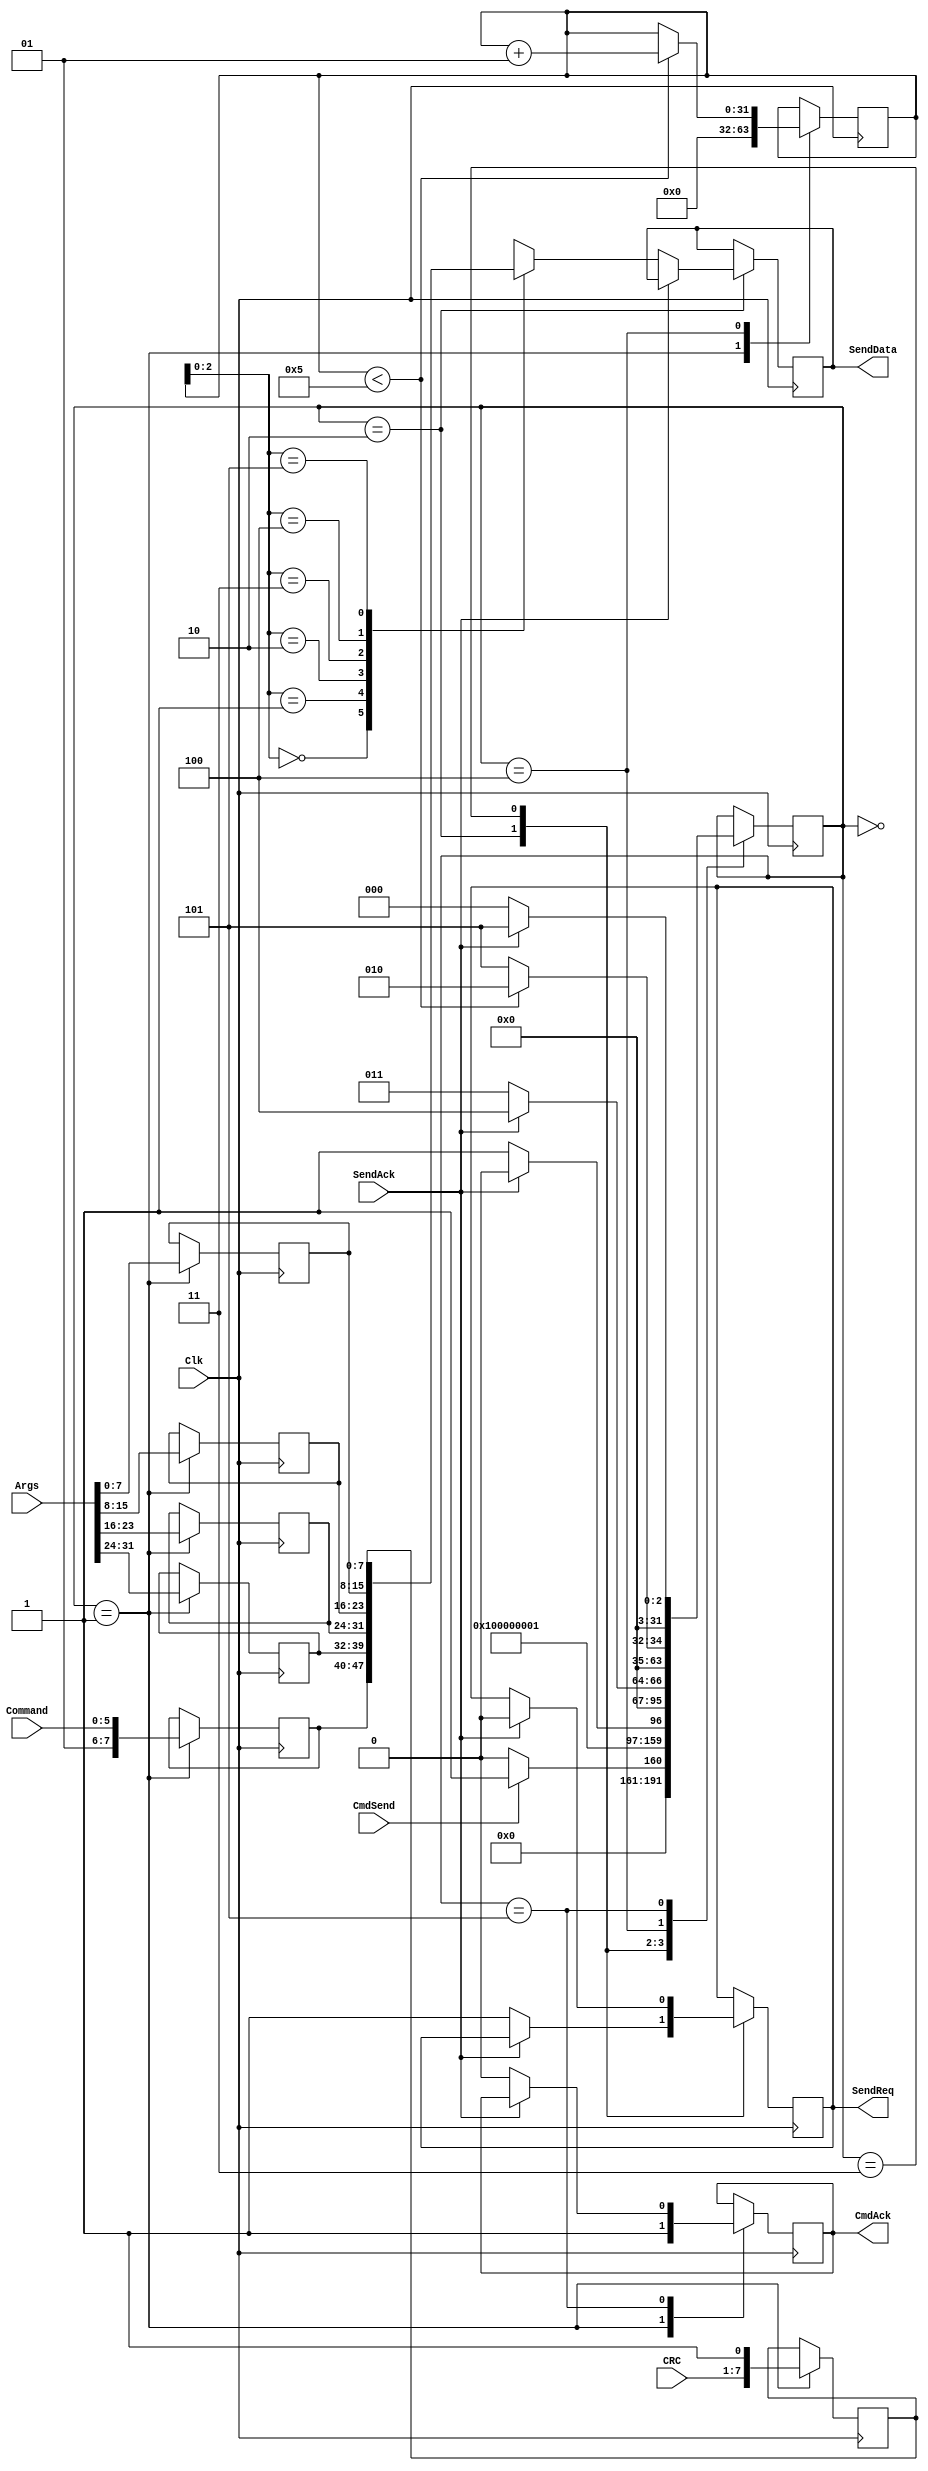
module SendCommand
( input Clk,
  output reg [7:0] SendData,
  output reg SendReq,
  input SendAck,
  input [5:0] Command,
  input [31:0] Args,
  input [6:0] CRC,
  input CmdSend,
  output reg CmdAck
);

  integer Status;
  integer Count;
  reg [7:0] Buffer [5:0];
  
  initial
    begin
	   Status = 0;
		SendData = 8'hFF;
		SendReq = 0;
		CmdAck = 0;
	 end

  always @(posedge Clk)
    begin
	   case(Status)
		  0: begin
		       if (CmdSend == 1) Status = 1;
				 else Status = 0;
		     end
		  1: begin
		       Buffer[0] = {1'b0, 1'b1, Command};
				 Buffer[1] = Args[31:24];
				 Buffer[2] = Args[23:16];
				 Buffer[3] = Args[15:8];
				 Buffer[4] = Args[7:0];
				 Buffer[5] = {CRC, 1'b1};
				 CmdAck = 1;
				 Count = 0;
				 Status = 2;
		     end
		  2: begin
				 if (SendAck == 0)
				   begin
					  SendData = Buffer[Count];
					  SendReq = 1;
					  Status = 3;
					end
				 else Status = 2;
		     end
		  3: begin
		       if (SendAck == 1)
				   begin
					  SendReq = 0;
					  Status = 4;
					end
				 else Status = 3;
		     end
		  4: begin
		       if (Count < 5)
				   begin
					  Count = Count + 1;
					  Status = 2;
					end
				 else Status = 5;
           end
		  5: begin
		       if (SendAck == 0)
				   begin
					  CmdAck = 0;
					  Status = 0;
					end
				 else Status = 5;
		     end
		endcase
	 end

endmodule